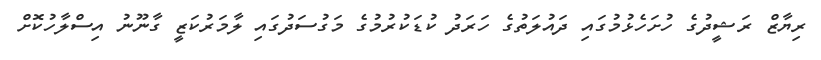
ރިޔާޒް ރަޝީދުގެ ހުށަހެޅުމުގައި ދައުލަތުގެ ހަރަދު ކުޑަކުރުމުގެ މަގުސަދުގައި ލާމަރުކަޒީ ގާނޫނު އިސްލާހުކޮށް